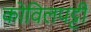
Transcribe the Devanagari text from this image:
कोविलपट्टी